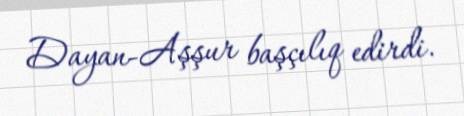
Dayan-Aşşur başçılıq edirdi.